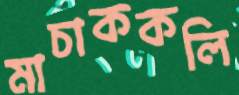
মাচাককলি